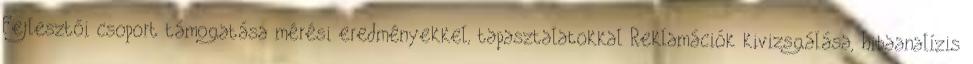
Fejlesztői csoport támogatása mérési eredményekkel, tapasztalatokkal Reklamációk kivizsgálása, hibaanalízis